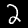
Digit: 2